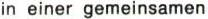
in einer gemeinsamen